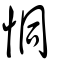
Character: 恫